Etiology and epidemiology of plague
Disease focus: Plague
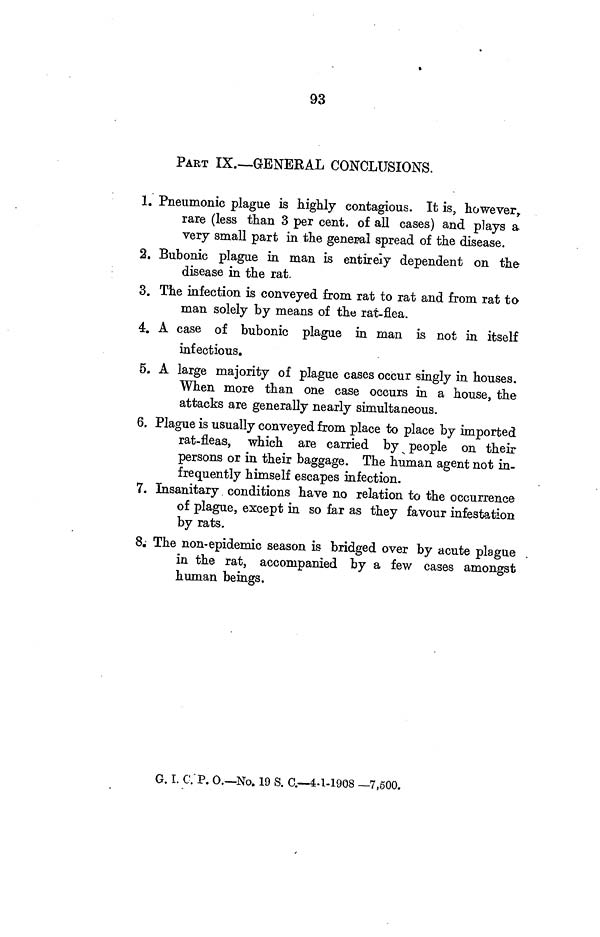
93
PART IX.—GENERAL CONCLUSIONS.
1. Pneumonic plague is highly contagious. It is, however,
rare (less than 3 per cent. of all cases) and plays a
very small part in the general spread of the disease.
2. Bubonic plague in man is entirely dependent on the
disease in the rat.
3. The infection is conveyed from rat to rat and from rat to
man solely by means of the rat-flea.
4. A case of bubonic plague in man is not in itself
infectious.
5. A large majority of plague cases occur singly in houses.
When more than one case occurs in a house, the
attacks are generally nearly simultaneous.
6. Plague is usually conveyed from place to place by imported
rat-fleas, which are carried by people on their
persons or in their baggage. The human agent not in-
frequently himself escapes infection.
7. Insanitary conditions have no relation to the occurrence
of plague, except in so far as they favour infestation
by rats.
8. The non-epidemic season is bridged over by acute plague
in the rat, accompanied by a few cases amongst
human beings.
G. I. C. P. O.—No. 19 S. C.—4 1-1908 —7,500.